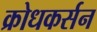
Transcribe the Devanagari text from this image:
क्रोधकर्सन